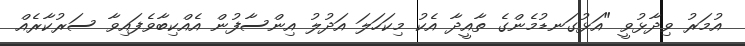
އުމަރު ވިދާޅުވީ "އަޅުގަނޑުމެންގެ ތާއީދާ އެކު މިކަހަލަ އަދުލު އިންސާފުން އެއްކިބާވެފައިވާ ސަރުކާރެއް